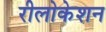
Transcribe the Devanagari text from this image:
रीलोकेशन